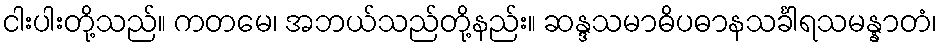
ငါးပါးတို့သည်။ ကတမေ၊ အဘယ်သည်တို့နည်း။ ဆန္ဒသမာဓိပဓာနသင်္ခါရသမန္နာတံ၊